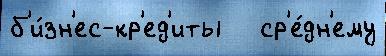
б'и́зн'ес-кр'ед'иты   ср'е́дн'ему